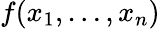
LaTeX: f(x_{1},\ldots,x_{n})